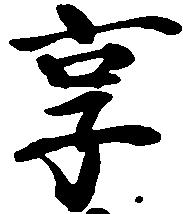
享